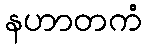
နဟာတကံ